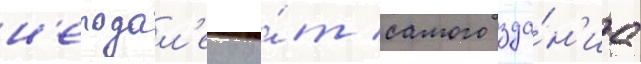
н'еподал'еку о́т самого зда́н'иа